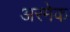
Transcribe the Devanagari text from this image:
अरमेक